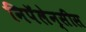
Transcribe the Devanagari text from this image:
निपॅलेन्सीस